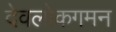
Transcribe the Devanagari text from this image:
देवलोकगमन